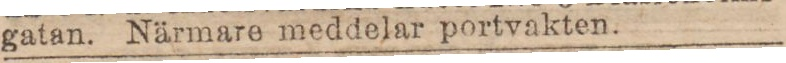
gatan. Närmare meddelar portvakten.